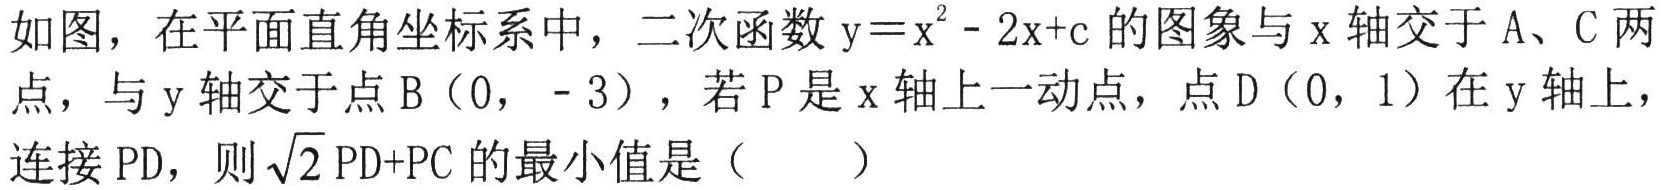
如图，在平面直角坐标系中，二次函数$\mathrm{y}=x^{2}-2x + c$的图象与$x$轴交于$\mathrm{A}$、$\mathrm{C}$两点，与$y$轴交于点$\mathrm{B}(0,-3)$，若$\mathrm{P}$是$x$轴上一动点，点$\mathrm{D}(0,1)$在$y$轴上，连接$\mathrm{PD}$，则$\sqrt{2}\mathrm{PD}+\mathrm{PC}$的最小值是（  ）